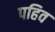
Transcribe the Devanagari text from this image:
पहिव